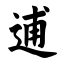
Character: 逋